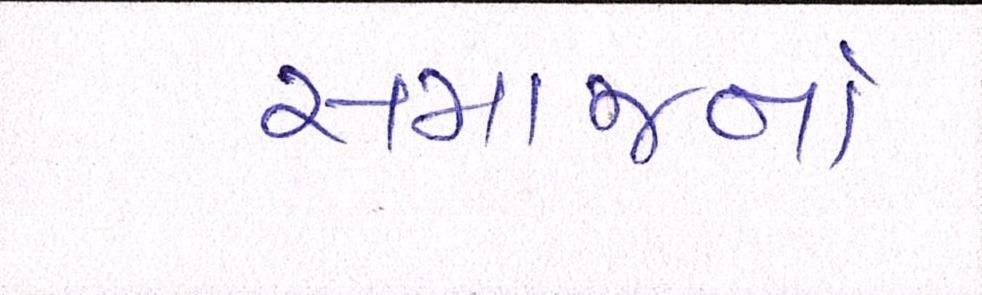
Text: સમાજનો